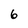
Character: 6